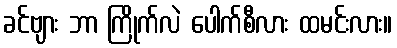
ခင်ဗျား ဘာ ကြိုက်လဲ ပေါက်စီလား ထမင်းလား။